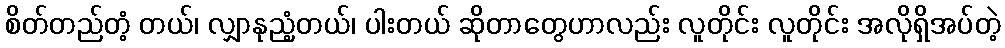
စိတ်တည်တံ့ တယ်၊ လျှာနုညံ့တယ်၊ ပါးတယ် ဆိုတာတွေဟာလည်း လူတိုင်း လူတိုင်း အလိုရှိအပ်တဲ့